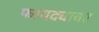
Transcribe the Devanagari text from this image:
फायद्यावर